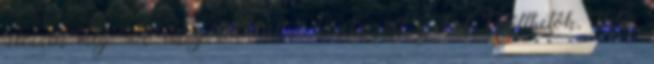
jelennek meg. A részgörbék által létrehozott lyukak kitölthetők, illetve